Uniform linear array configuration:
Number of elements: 24
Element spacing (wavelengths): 0.5
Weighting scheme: hamming
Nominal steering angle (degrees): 15
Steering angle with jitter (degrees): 15.577
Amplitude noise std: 0.05
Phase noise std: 0.05

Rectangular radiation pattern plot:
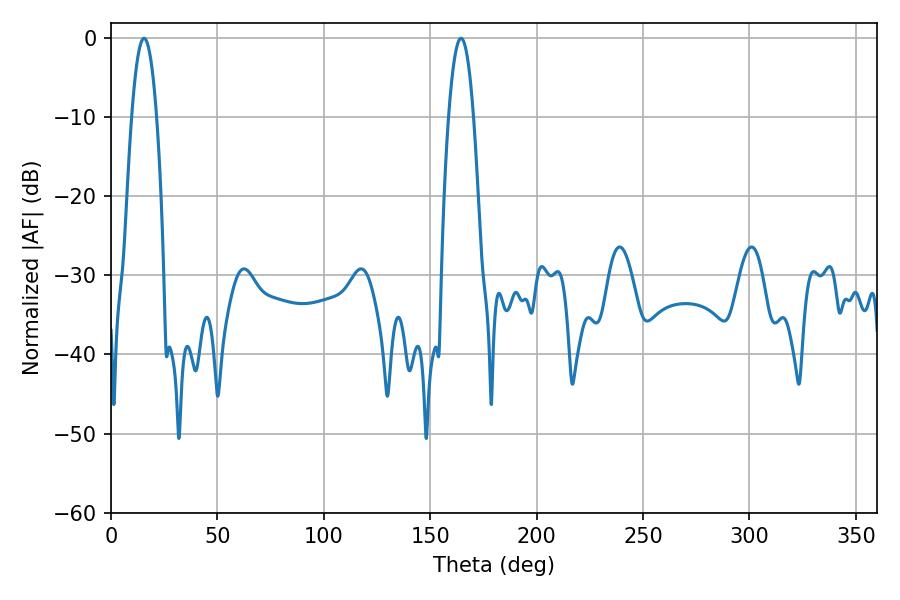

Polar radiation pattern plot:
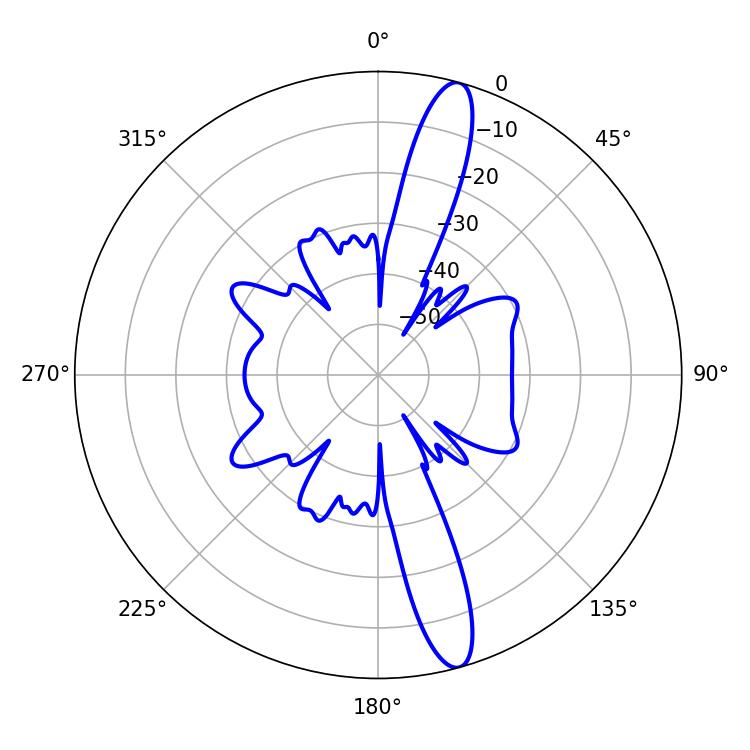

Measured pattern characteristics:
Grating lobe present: FALSE
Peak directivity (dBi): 14.909
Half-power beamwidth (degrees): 6.48
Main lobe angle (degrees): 15.48